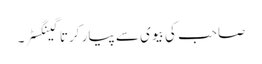
صاحب کی بیوی سے پیار کرتا گینگسٹر۔